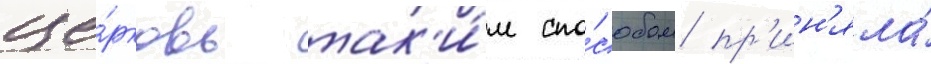
це́рковь так'и́м спо́собом пр'ин'яла́